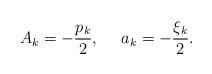
LaTeX: \begin{align*}A_k=-\frac{p_k}{2},\ \ \ \ a_k=-\frac{\xi_k}{2}.\end{align*}